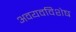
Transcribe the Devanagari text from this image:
अवयवविशेष